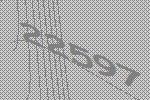
22597